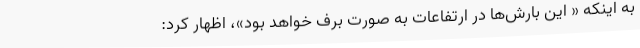
به اینکه « این بارش‌ها در ارتفاعات به صورت برف خواهد بود»، اظهار کرد: